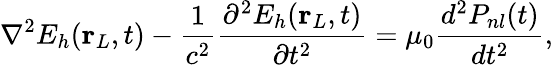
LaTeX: \nabla^{2}E_{h}(\mathbf{r}_{L},t)-\frac{1}{c^{2}}\frac{\partial^{2}E_{h}(\mathbf{r}_{L},t)}{\partial t^{2}}=\mu_{0}\frac{d^{2}P_{nl}(t)}{dt^{2}},